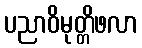
ပညာဝိမုတ္တိဖလာ